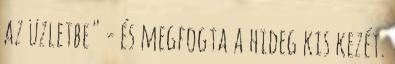
az üzletbe" - és megfogta a hideg kis kezét.